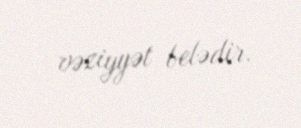
vəziyyət belədir.